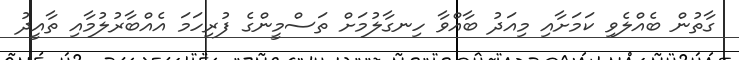
ގާތުން ބެއްލެވި ކަމަށާއި މިއަދު ބާއްވާ ހިނގާލުމަށް ތަސްމީންގެ ފުރިހަމަ އެއްބާރުލުމާއި ތާއީދު